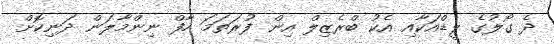
ދެ ގޯލުގެ ލީޑްއަކާއި އެކު ބްރެޒިލް އިން ފުރަތަމަ ހާފް ނިންމާލަން ދަނިކޮށް